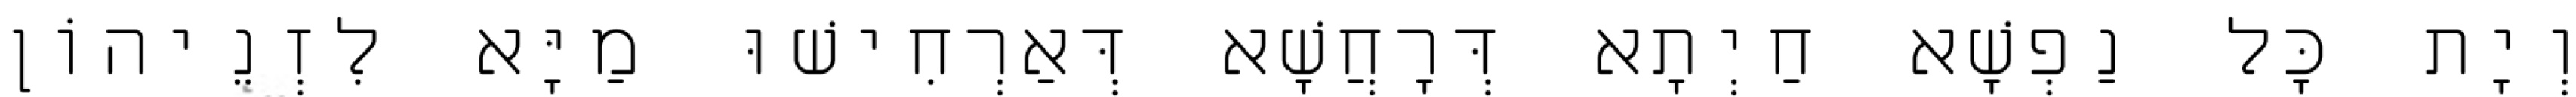
וְיָת כָּל נַפְשָׁא חַיְתָא דְּרָחֲשָׁא דְּאַרְחִישׁוּ מַיָּא לִזְנֵיהוֹן